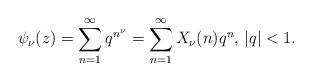
LaTeX: \begin{align*}\psi_{\nu}(z)=\sum^{\infty}_{n=1}q^{n^{\nu}}=\sum^{\infty}_{n=1}X_{\nu}(n)q^n\textrm{, }|q|<1.\end{align*}